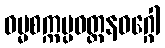
ဓမ္မစက္ကပ္ပဝတ္တနဝဂ္ဂေါ